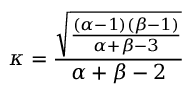
\kappa = { \frac { \sqrt { \frac { ( \alpha - 1 ) ( \beta - 1 ) } { \alpha + \beta - 3 } } } { \alpha + \beta - 2 } }